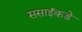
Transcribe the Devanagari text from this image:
ससाईंकडे